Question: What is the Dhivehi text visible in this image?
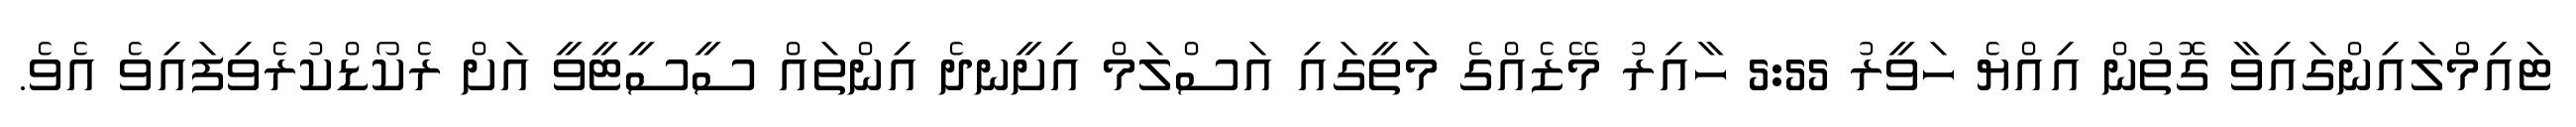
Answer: ޓައިމްލައިންގައިވާ ގޮތުން އިއްޔެ ހަވީރު 5:55 ހާއިރު މޭޒެއްގެ މަތީގައި އަސްލަމް އިށީނދެ އިންތައް ސީސީޓީވީ އަށް ރެކޯޑްކުރެވިފައިވެ އެވެ.